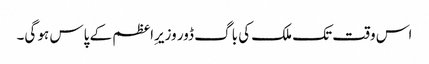
اس وقت تک ملک کی باگ ڈور وزیرِاعظم کے پاس ہو گی۔